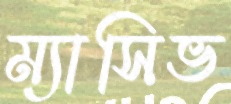
ম্যাসিভ